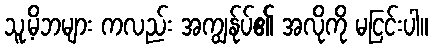
သူ့မိဘများ ကလည်း အကျွန်ုပ်၏ အလိုကို မငြင်းပါ။